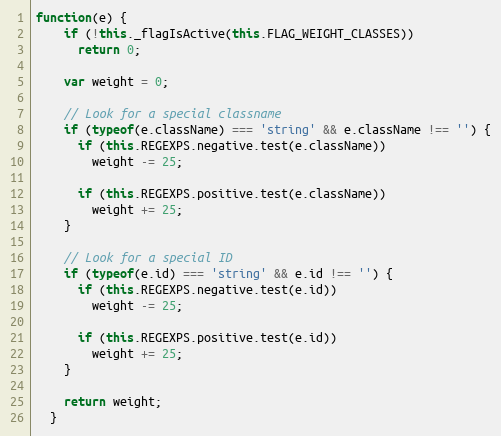
Language: JavaScript
function(e) {
    if (!this._flagIsActive(this.FLAG_WEIGHT_CLASSES))
      return 0;

    var weight = 0;

    // Look for a special classname
    if (typeof(e.className) === 'string' && e.className !== '') {
      if (this.REGEXPS.negative.test(e.className))
        weight -= 25;

      if (this.REGEXPS.positive.test(e.className))
        weight += 25;
    }

    // Look for a special ID
    if (typeof(e.id) === 'string' && e.id !== '') {
      if (this.REGEXPS.negative.test(e.id))
        weight -= 25;

      if (this.REGEXPS.positive.test(e.id))
        weight += 25;
    }

    return weight;
  }